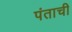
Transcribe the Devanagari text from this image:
पंताची